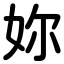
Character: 妳